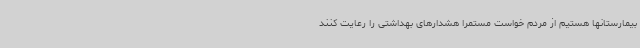
بیمارستانها هستیم از مردم خواست مستمرا هشدارهای بهداشتی را رعایت کنند